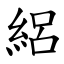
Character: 絽